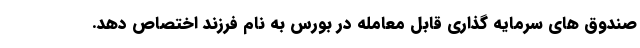
صندوق های سرمایه گذاری قابل معامله در بورس به نام فرزند اختصاص دهد.